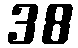
38